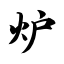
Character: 炉